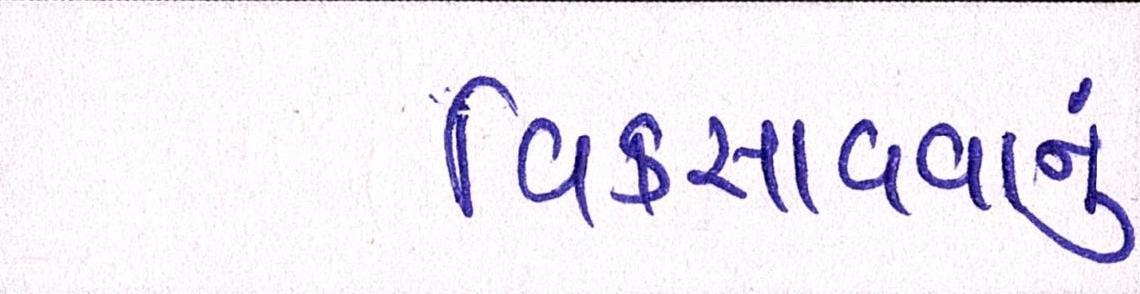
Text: વિકસાવવાનું